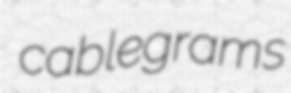
cablegrams